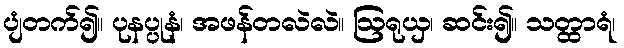
ပျံတက်၍။ ပုနပ္ပုနံ၊ အဖန်တလဲလဲ။ ဩရုယှ၊ ဆင်း၍။ သတ္ထာရံ၊